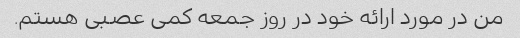
من در مورد ارائه خود در روز جمعه کمی عصبی هستم.